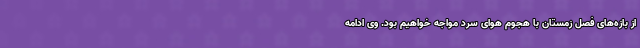
از بازه‌های فصل زمستان با هجوم هوای سرد مواجه خواهیم بود. وی ادامه